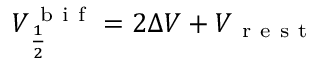
\begin{array} { r } { V _ { \frac { 1 } { 2 } } ^ { \mathrm { ~ b ~ i ~ f ~ } } = 2 \Delta V + V _ { \mathrm { ~ r ~ e ~ s ~ t ~ } } } \end{array}